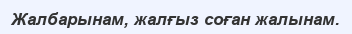
Жалбарынам, жалғыз соған жалынам.